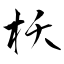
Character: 枖